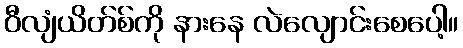
ဝီလျံယိတ်စ်ကို နားနေ လဲလျောင်းစေပေါ့။